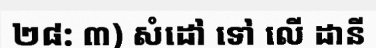
២៨: ៣) សំដៅ ទៅ លើ ដានី